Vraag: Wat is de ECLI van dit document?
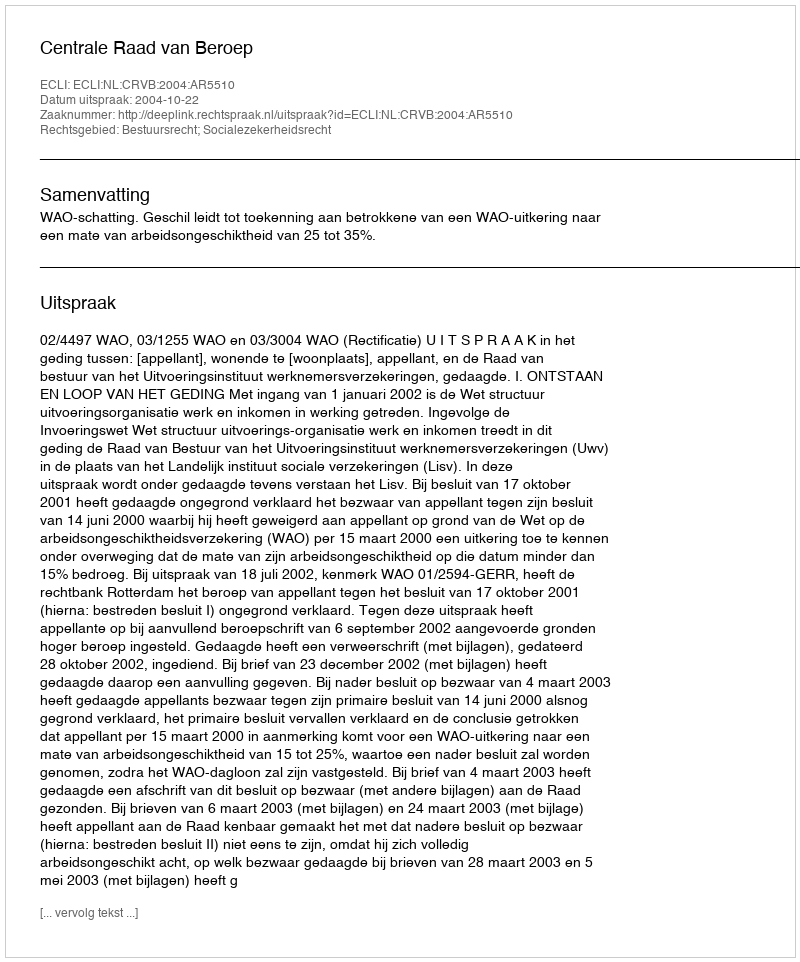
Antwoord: ECLI:NL:CRVB:2004:AR5510